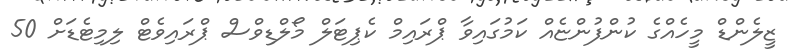
ޒީލެންޑް މީހެއްގެ ކުންފުންޏެއް ކަމުގައިވާ ޕްރައިމް ކެޕިޓަލް މޯލްޑިވްސް ޕްރައިވެޓް ލިމިޓެޑަށް 50